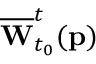
\overline { { \mathbf { W } } } _ { t _ { 0 } } ^ { t } ( \mathbf { p } )